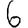
Digit: 6